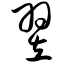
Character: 翌